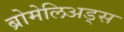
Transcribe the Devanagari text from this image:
ब्रोमेलिअड्स